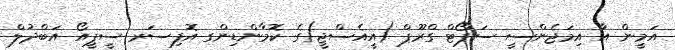
އަމީން އާ އިމަޖެންސީ ސަޕޯޓް ގްރޫޕް (އީއެސްޖީ)ގެ ކޮމާންޑިންގ އޮފިސަރ ސީޕީއޯ އަބްދުލް